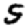
Digit: 5